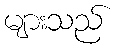
များသည်